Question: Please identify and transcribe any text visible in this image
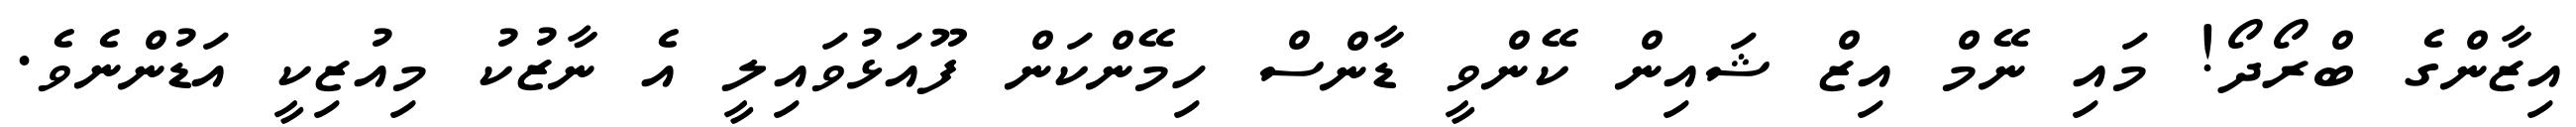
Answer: އިޒާންގެ ބްރޯދޯ! މައި ނޭމް އިޒް ޝައިން ކޭންވީ ޑާންސް ހިމޭންކަން ފޫއަޅުވައިލީ އެ ނާޒުކު މިއުޒިކީ އަޑުންނެވެ.